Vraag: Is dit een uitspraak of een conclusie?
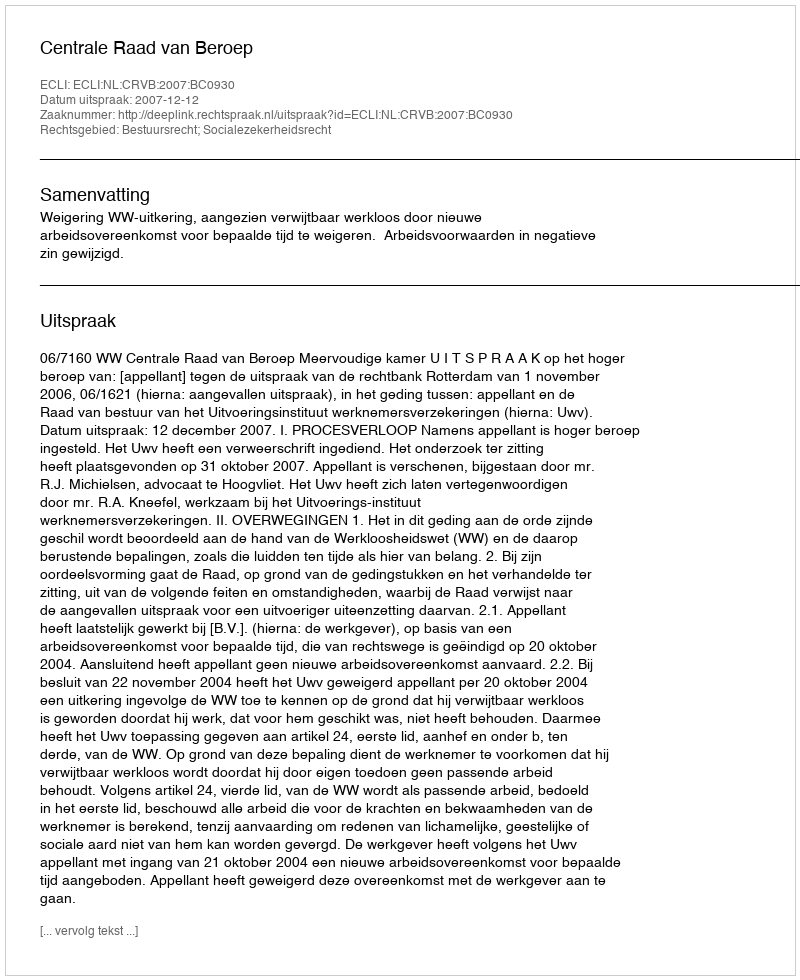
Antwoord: Uitspraak